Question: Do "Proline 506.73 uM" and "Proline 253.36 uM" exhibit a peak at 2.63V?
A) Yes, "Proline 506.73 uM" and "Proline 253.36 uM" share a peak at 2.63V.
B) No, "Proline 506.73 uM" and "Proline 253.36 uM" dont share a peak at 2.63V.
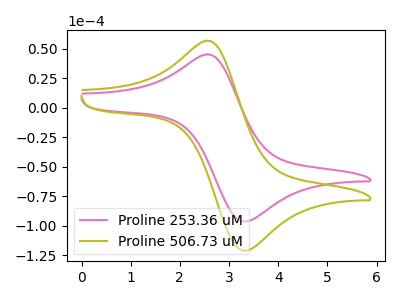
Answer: <think>The pink curve "Proline 253.36 uM" has an anodic peak at (2.65V, 44.95uA) and a cathodic peak at (3.30V, -96.55uA). The olive curve "Proline 506.73 uM" has an anodic peak at (2.65V, 56.45uA) and a cathodic peak at (3.30V, -121.40uA).</think>
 <answer>A) Yes, "Proline 506.73 uM" and "Proline 253.36 uM" share a peak at 2.63V.</answer>
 <eval>A</eval>